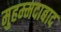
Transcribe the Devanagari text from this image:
मुहम्‍मदाबाद